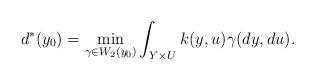
LaTeX: \begin{align*}d^*(y_0) =\min_{\gamma\in W_2(y_0)}\int_{Y\times U}k(y,u)\gamma(dy,du).\end{align*}